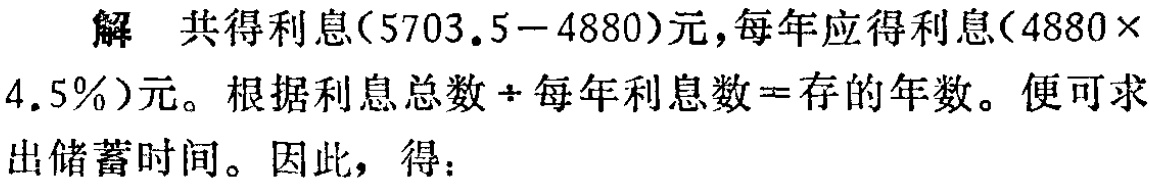
解 共得利息\((5703.5 - 4880)\)元，每年应得利息\((4880\times 4.5\%)\)元。根据利息总数\(\div\)每年利息数 = 存的年数。便可求出储蓄时间。因此，得：